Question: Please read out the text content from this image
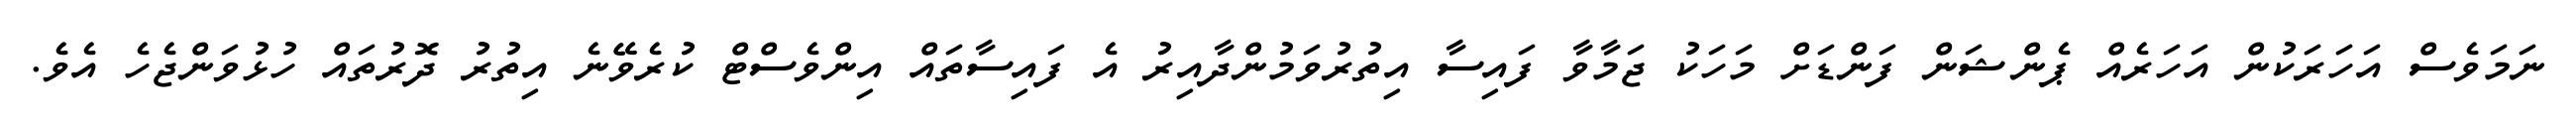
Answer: ނަމަވެސް އަހަރަކުން އަހަރެއް ޕެންޝަން ފަންޑަށް މަހަކު ޖަމާވާ ފައިސާ އިތުރުވަމުންދާއިރު އެ ފައިސާތައް އިންވެސްޓް ކުރެވޭނެ އިތުރު ދޮރުތައް ހުޅުވަންޖެހެ އެވެ.